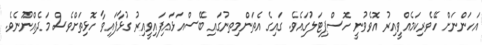
އަހަންނަށް ހޭވެރިކަމެއްވީއިރު އޮވެވުނީ ހޮސްޕިޓަލުގައެވެ. ގައިގެ އެތަންމިތނުގައި ބޭސްއަޅައިފައިވީއިރު ގުޅާފައިވާ ހޮޅިތަށްވެސް މަދެއްނޫނެވެ.